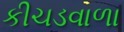
કીચડવાળા